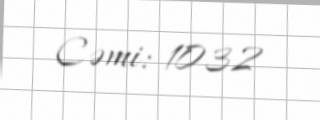
Cəmi: 1032